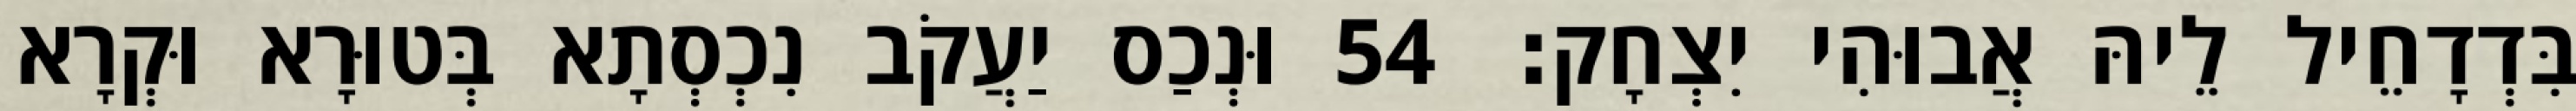
בִּדְדָחֵיל לֵיהּ אֲבוּהִי יִצְחָק׃ 54 וּנְכַס יַעֲקֹב נִכְסְתָא בְּטוּרָא וּקְרָא